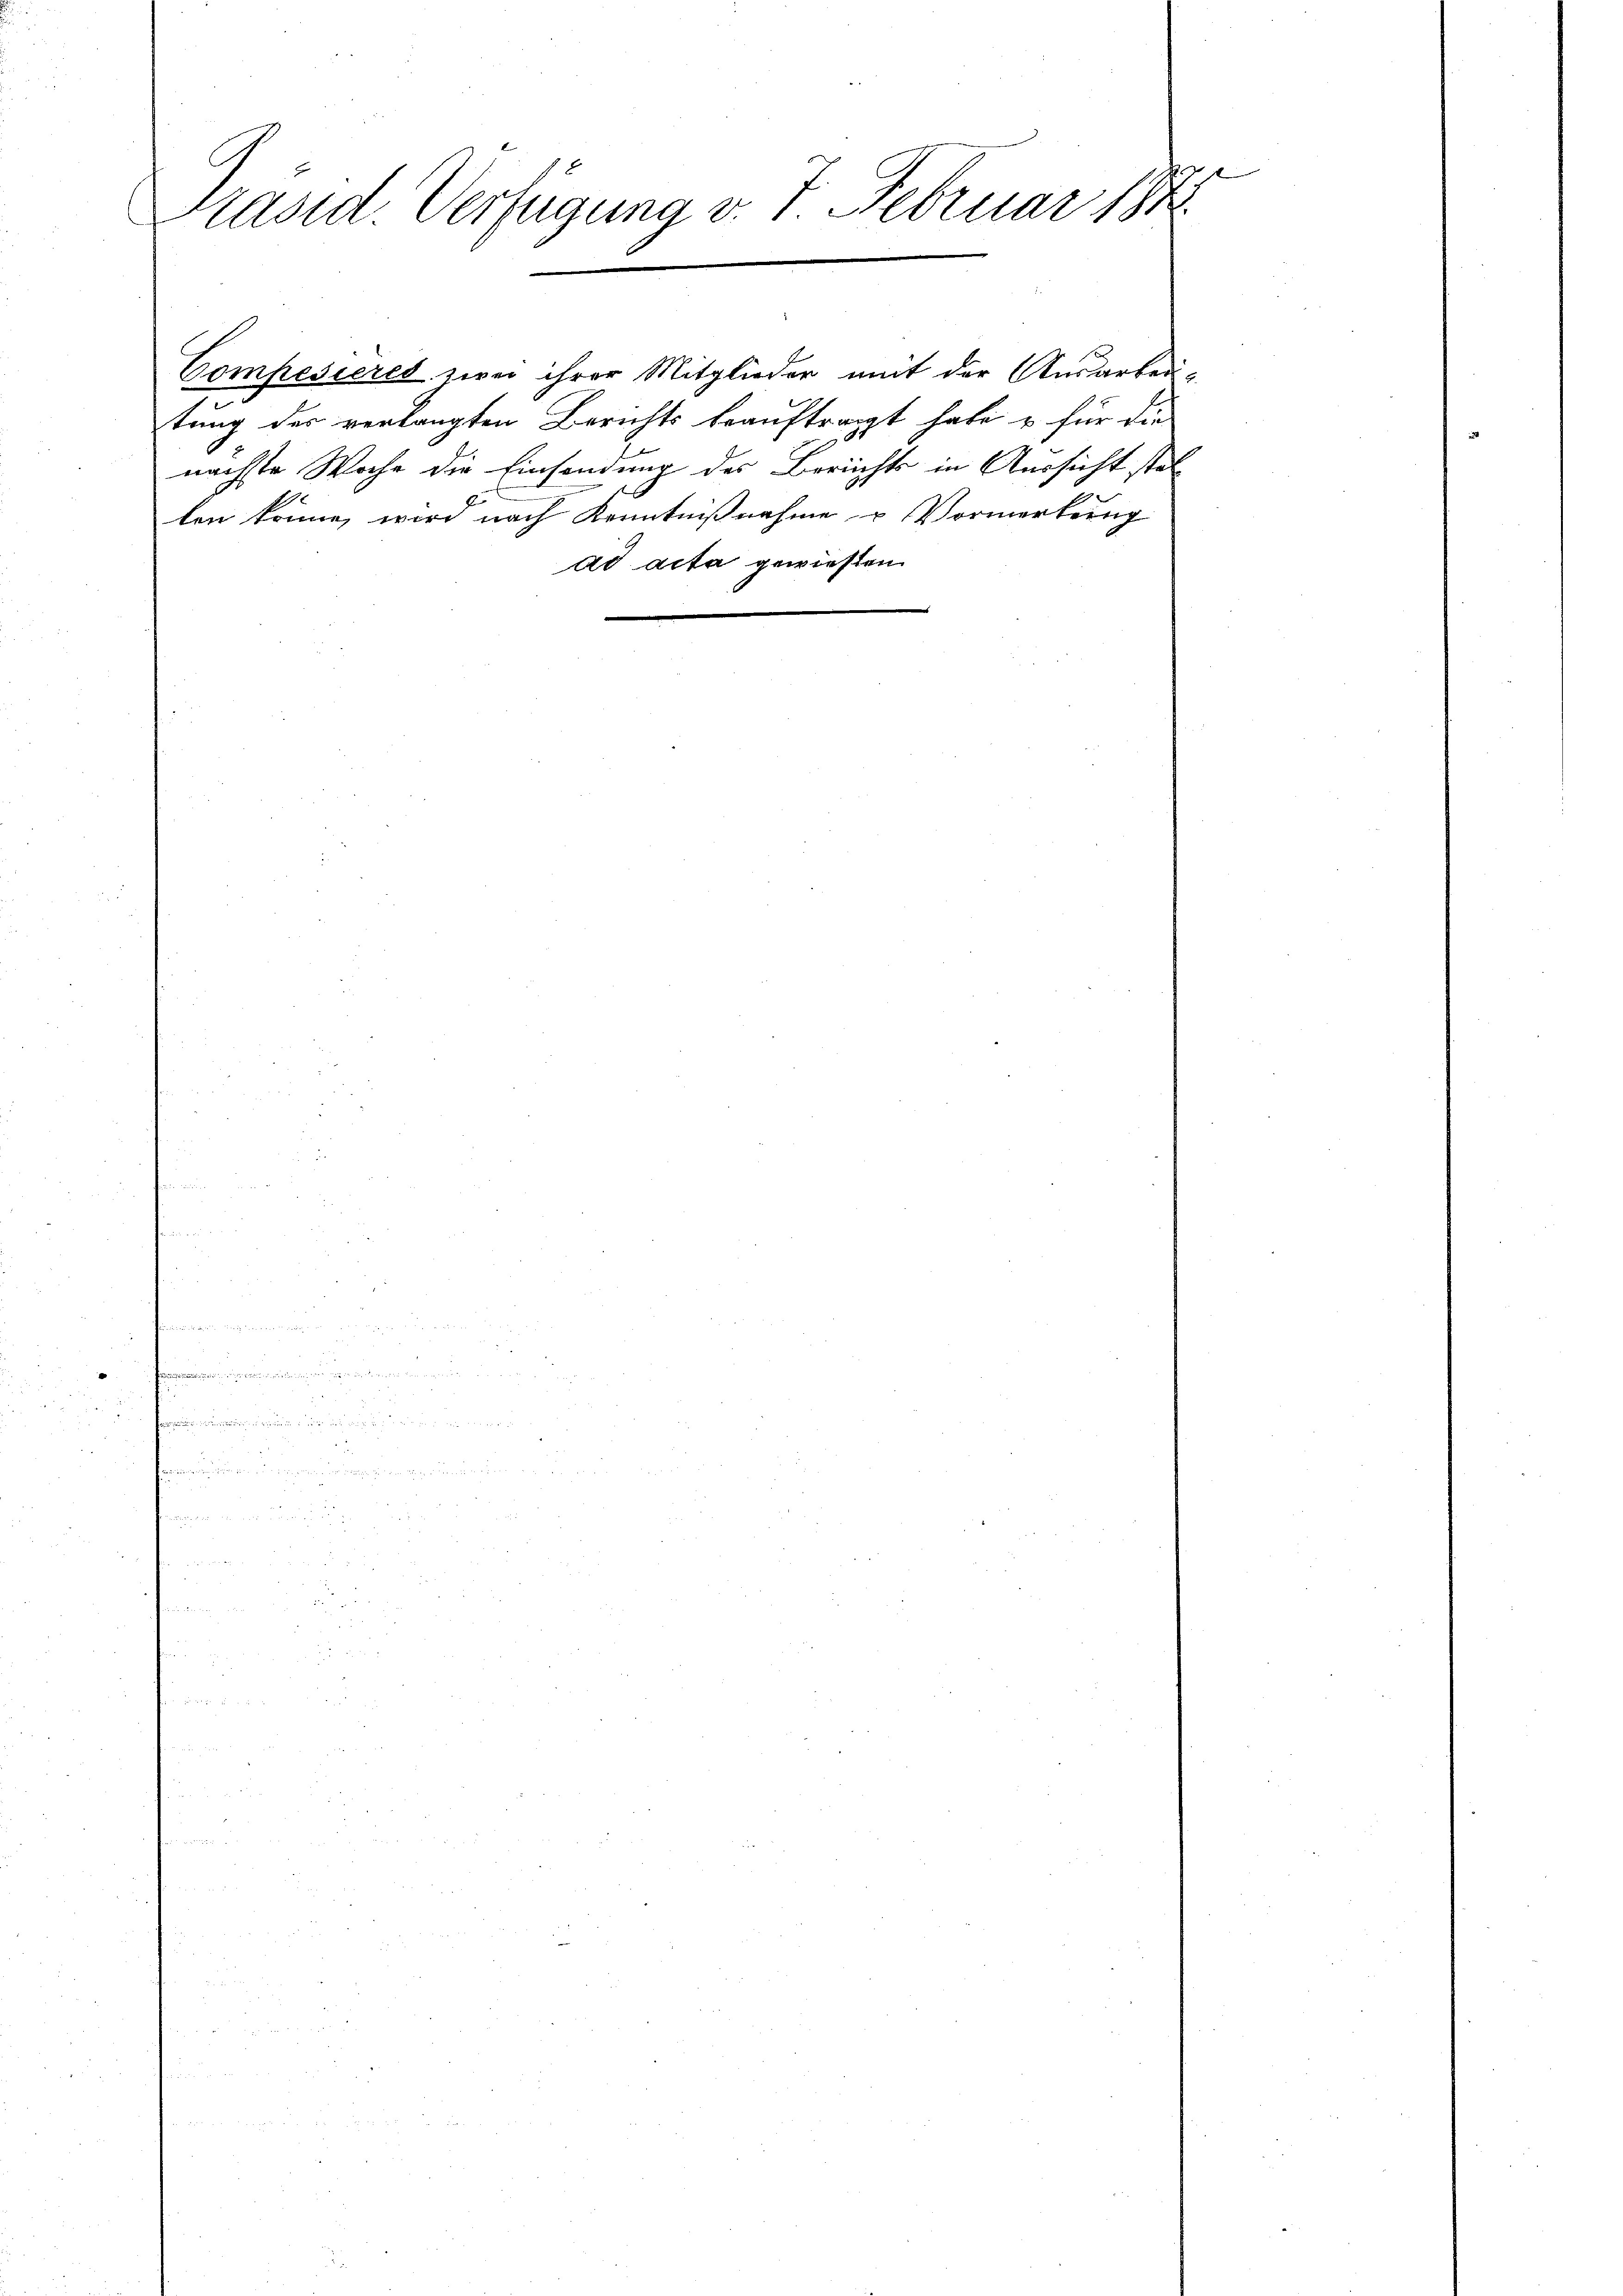
Präsid. Verfügung v. J. Februar 1890.

Compesieres zwei ihrer Mitglieder mit der Ausarbei-
tung des verlangten Berichts beauftragt habe u. für die
dt
nächste Woche die Einsendung des Berichts in Aussicht stel¬
E
ten könne, wird nach Kenntnißnahme u Vormerkung
ad acta gewiesen.

e